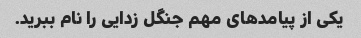
یکی از پیامدهای مهم جنگل زدایی را نام ببرید.